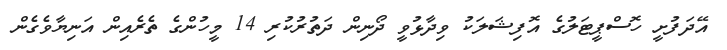
އޭދަފުށީ ހޮސްޕީޓަލުގެ އޮފިޝަލަކު ވިދާޅުވީ ދޯނިން ދަތުރުކުރި 14 މީހުންގެ ތެރެއިން އަނިޔާވެގެން